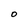
Character: O